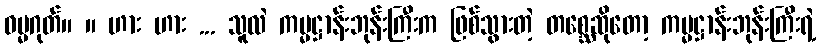
ဓမ္မဂုတ်။ ။ ဟား ဟား ... သူလဲ ကမ္မဋ္ဌာန်းဘုန်းကြီးက ဖြစ်သွားတဲ့ တစ္ဆေဆိုတော့ ကမ္မဋ္ဌာန်းဘုန်းကြီးရဲ့